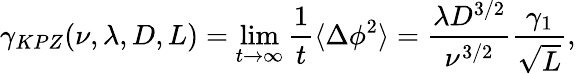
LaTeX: \gamma_{KPZ}(\nu,\lambda,D,L)=\operatorname*{lim}_{t\to\infty}\frac{1}{t}\langle\Delta\phi^{2}\rangle=\frac{\lambda D^{3/2}}{\nu^{3/2}}\frac{\gamma_{1}}{\sqrt{{L}}},